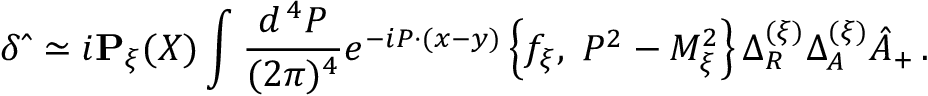
\delta \hat { \bf \Delta } \simeq i { \bf P } _ { \xi } ( X ) \int \frac { d ^ { \, 4 } P } { ( 2 \pi ) ^ { 4 } } e ^ { - i P \cdot ( x - y ) } \left\{ f _ { \xi } , \; P ^ { 2 } - { \cal M } _ { \xi } ^ { 2 } \right\} \Delta _ { R } ^ { ( \xi ) } \Delta _ { A } ^ { ( \xi ) } \hat { A } _ { + } \, .